Indian journal of veterinary science and animal husbandry - Volumes 28-29, 1958-1959
Year: 1958
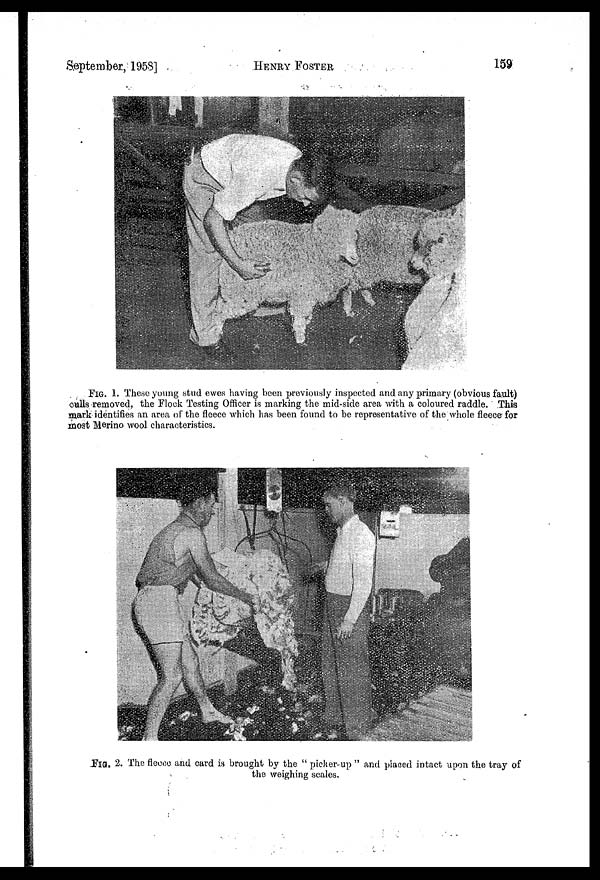
September, 1958]
HENRY
FOSTER
159
FIG. 1. These young stud ewes having been previously inspected and any primary (obvious fault)
culls removed, the Flock Testing Officer is marking the mid-side area with a coloured raddle. This
mark identifies an area of the fleece which has been found to be representative of the whole fleece for
most Merino wool characteristics.
FIG. 2. The fleece and card is brought by the " picker up " and placed intact upon the tray of
the weighing scales.